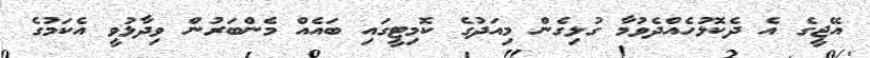
އޭޖީގެ އެ ދެކޮޅުހެއްދެވުމާ ގުޅިގެން މިއަދުގެ ކޮމިޓީގައި ބައެއް މެންބަރުން ވިދާޅުވީ އެކަމުގެ